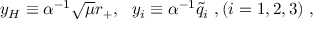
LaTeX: y _ { H } \equiv \alpha ^ { - 1 } \sqrt { \mu } r _ { + } , \ \ y _ { i } \equiv \alpha ^ { - 1 } { { \tilde { q } } _ { i } } \ , ( i = 1 , 2 , 3 ) \ ,